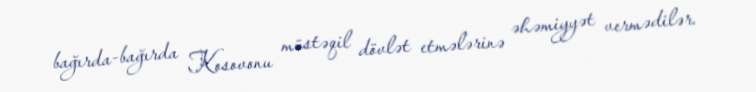
bağırda-bağırda Kosovonu müstəqil dövlət etmələrinə əhəmiyyət vermədilər.